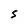
Character: S